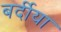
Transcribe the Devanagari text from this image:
बर्दीया